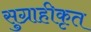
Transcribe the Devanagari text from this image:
सुग्राहीकृत